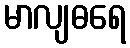
မာလျဓရေ